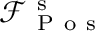
\mathcal { F } _ { \mathrm { ~ P ~ o ~ s ~ } } ^ { \mathrm { ~ s ~ } }